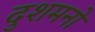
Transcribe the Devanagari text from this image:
दुशमनो